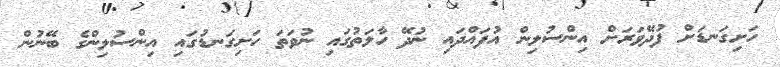
ހަށިގަނޑަށް ފުދޭވަަރަށް އިންސުލިން އުފައްދައި ނުދޭ ހާލަތުގައި ނުވަތަ ހަށިގަނޑުގައި އިންސުލިންގެ ބޭނުން